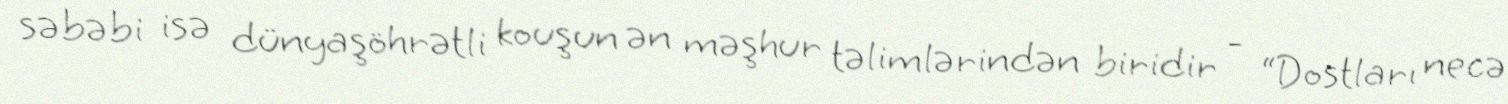
səbəbi isə dünyaşöhrətli kouşun ən məşhur təlimlərindən biridir - “Dostları necə